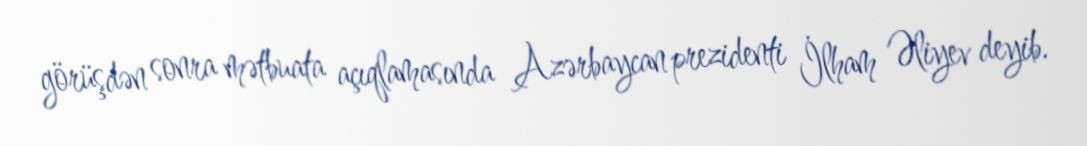
görüşdən sonra mətbuata açıqlamasında Azərbaycan prezidenti İlham Əliyev deyib.